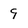
Character: 9